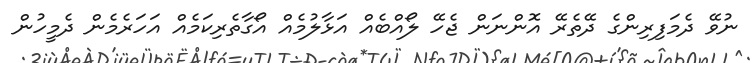
ނުވޭ ދެމަފިރިންގެ ދޭތެރޭ އޮންނަން ޖެހޭ ލޯއްބެއް އަޅާލުމެއް އޯގާތެރިކަމެއް އަހަރެމެން ދެމީހުން